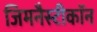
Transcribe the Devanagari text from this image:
जिमनैस्टीकॉन